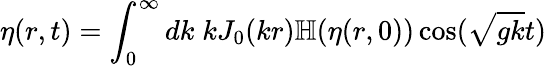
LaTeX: \eta(r,t)=\int_{0}^{\infty}dk\; kJ_{0}(kr)\mathbb{H}(\eta(r,0))\cos(\sqrt{gk}t)